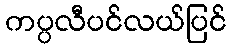
ကပ္ပလီပင်လယ်ပြင်